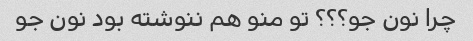
چرا نون جو؟؟؟ تو منو هم ننوشته بود نون جو